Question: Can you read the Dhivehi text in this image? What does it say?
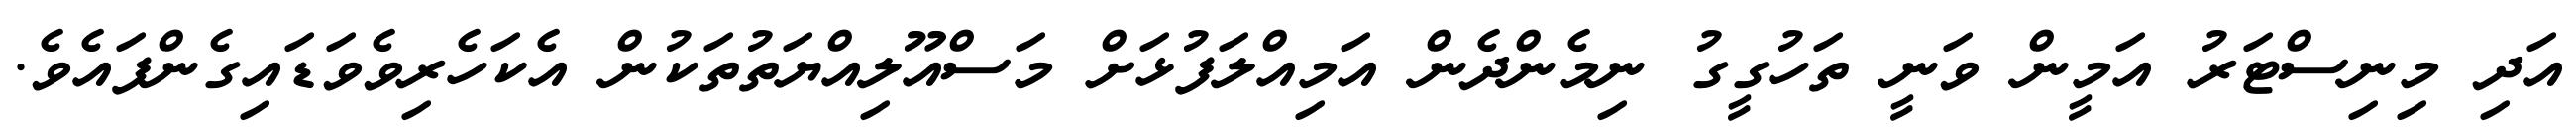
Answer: އަދި މިނިސްޓަރު އަމީން ވަނީ ތަހުގީގު ނިމެންދެން އަމިއްލަފުޅަށް މަސްއޫލިއްޔަތުތަކުން އެކަހެރިވެވަޑައިގެންފައެވެ.